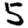
Digit: 5